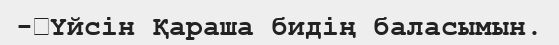
-	Үйсін Қараша бидің баласымын.